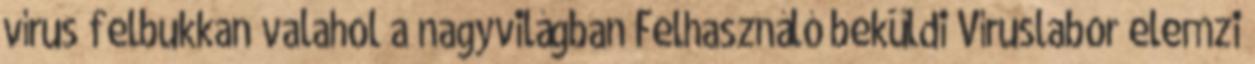
vírus felbukkan valahol a nagyvilágban Felhasználó beküldi Víruslabor elemzi